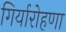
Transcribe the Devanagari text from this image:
गिर्यारोहणा